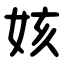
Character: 姟